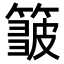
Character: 𥲝